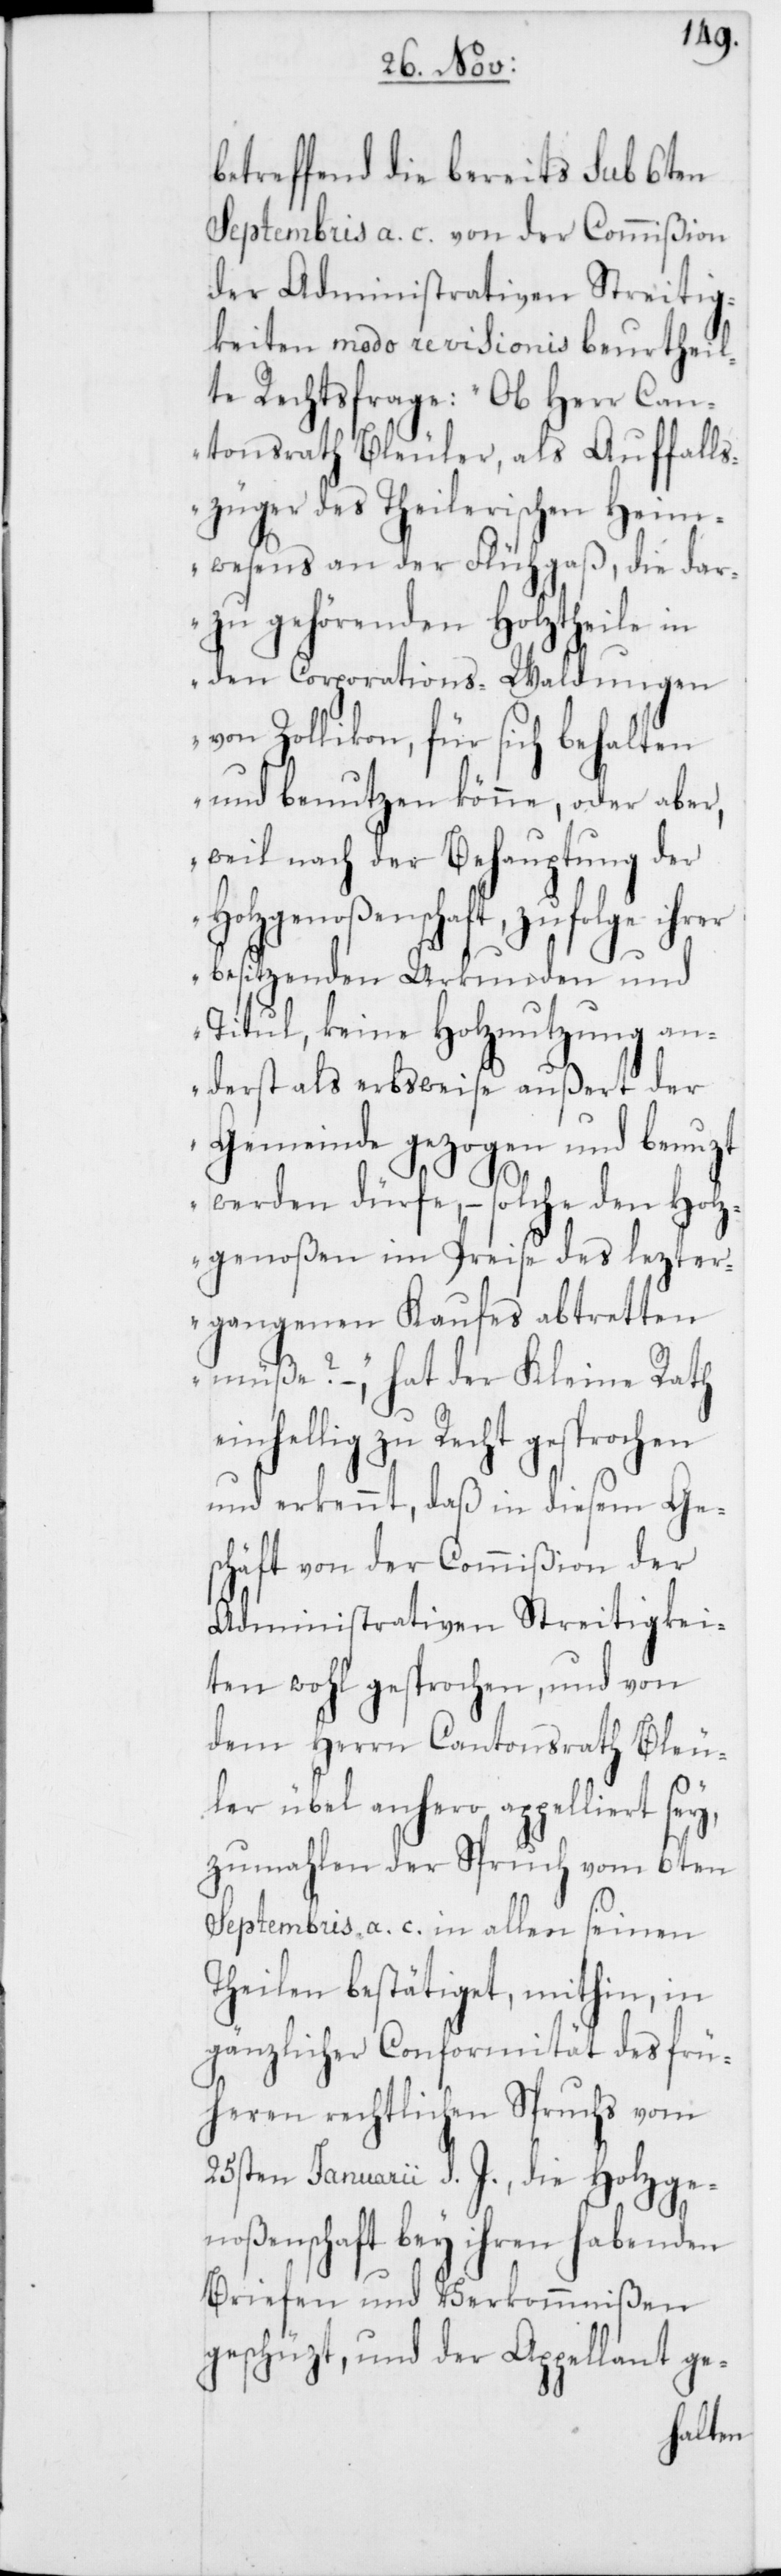
betreffend die bereits sub 6ten
Septembris a. c. von der Commißion
der Administrativen Streitig¬
keiten modo revisionis beurtheil¬
te Rechtsfrage: „Ob Herr Can¬
tonsrath Bleuler, als Auffalls¬
züger des Theilerischen Heim¬
wesens an der Flühgaß, die dar¬
zu gehördenen Holztheile in
den Corporations-Waldungen
von Zollikon, für sich behalten
und benutzen könne, oder aber,
weil nach der Behauptung der
Holzgenoßenschaft, zufolge ihrer
besitzenden Urkunden und
Titul, keine Holznutzung an¬
derst als erbsweise außert der
Gemeinde gezogen und benuzt
werden dürfe, – solche den Holz¬
genoßen im Preise des lezter¬
gangenen Kaufes abtretten
müße?“ – hat der Kleine Rath
einhellig zu Recht gesprochen
und erkennt, daß in diesem Ge¬
schäft von der Commißion der
Administrativen Streitigkei¬
ten wohl gesprochen, und von
dem Herrn Cantonsrath Bleu¬
ler übel anhero appelliert
zumahlen der Spruch vom 6ten
Septembris a. c. in allen seinen
Theilen bestätiget, mithin, in
gänzlicher Conformität des frü¬
heren rechtlichen Spruchs vom
25sten Januarii d. J., die Holzge¬
noßenschaft bey ihren habenden
Briefen und Verkommnißen
geschüzt, und der Appellant ge-